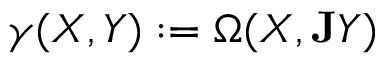
\gamma ( X , Y ) : = \Omega ( X , { \bf J } Y )